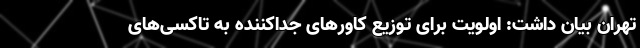
تهران بیان داشت: اولویت برای توزیع کاورهای جداکننده به تاکسی‌های